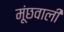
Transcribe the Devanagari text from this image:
मूंछवाली